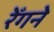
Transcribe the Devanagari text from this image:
रेँगने